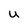
Character: u